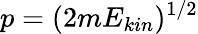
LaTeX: p=(2mE_{kin})^{1/2}